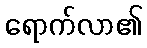
ရောက်လာ၏